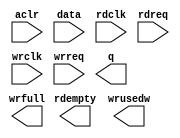
// megafunction wizard: %FIFO%VBB%
// GENERATION: STANDARD
// VERSION: WM1.0
// MODULE: dcfifo 

// ============================================================
// Megafunction Name(s):
// 			dcfifo
//
// Simulation Library Files(s):
// 			altera_mf
// ============================================================
// ************************************************************
// THIS IS A WIZARD-GENERATED FILE. DO NOT EDIT THIS FILE!
//
// 8.1 Build 163 10/28/2008 SJ Full Version
// ************************************************************

//Copyright (C) 1991-2008 Altera Corporation
//Your use of Altera Corporation's design tools, logic functions 
//and other software and tools, and its AMPP partner logic 
//functions, and any output files from any of the foregoing 
//(including device programming or simulation files), and any 
//associated documentation or information are expressly subject 
//to the terms and conditions of the Altera Program License 
//Subscription Agreement, Altera MegaCore Function License 
//Agreement, or other applicable license agreement, including, 
//without limitation, that your use is for the sole purpose of 
//programming logic devices manufactured by Altera and sold by 
//Altera or its authorized distributors.  Please refer to the 
//applicable agreement for further details.

module fifo_asy_1024x16b (
	aclr,
	data,
	rdclk,
	rdreq,
	wrclk,
	wrreq,
	q,
	rdempty,
	wrfull,
	wrusedw);

	input	  aclr;
	input	[15:0]  data;
	input	  rdclk;
	input	  rdreq;
	input	  wrclk;
	input	  wrreq;
	output	[15:0]  q;
	output	  rdempty;
	output	  wrfull;
	output	[9:0]  wrusedw;

endmodule

// ============================================================
// CNX file retrieval info
// ============================================================
// Retrieval info: PRIVATE: AlmostEmpty NUMERIC "0"
// Retrieval info: PRIVATE: AlmostEmptyThr NUMERIC "-1"
// Retrieval info: PRIVATE: AlmostFull NUMERIC "0"
// Retrieval info: PRIVATE: AlmostFullThr NUMERIC "-1"
// Retrieval info: PRIVATE: CLOCKS_ARE_SYNCHRONIZED NUMERIC "1"
// Retrieval info: PRIVATE: Clock NUMERIC "4"
// Retrieval info: PRIVATE: Depth NUMERIC "1024"
// Retrieval info: PRIVATE: Empty NUMERIC "1"
// Retrieval info: PRIVATE: Full NUMERIC "1"
// Retrieval info: PRIVATE: INTENDED_DEVICE_FAMILY STRING "Cyclone II"
// Retrieval info: PRIVATE: LE_BasedFIFO NUMERIC "0"
// Retrieval info: PRIVATE: LegacyRREQ NUMERIC "1"
// Retrieval info: PRIVATE: MAX_DEPTH_BY_9 NUMERIC "0"
// Retrieval info: PRIVATE: OVERFLOW_CHECKING NUMERIC "0"
// Retrieval info: PRIVATE: Optimize NUMERIC "2"
// Retrieval info: PRIVATE: RAM_BLOCK_TYPE NUMERIC "2"
// Retrieval info: PRIVATE: SYNTH_WRAPPER_GEN_POSTFIX STRING "0"
// Retrieval info: PRIVATE: UNDERFLOW_CHECKING NUMERIC "0"
// Retrieval info: PRIVATE: UsedW NUMERIC "1"
// Retrieval info: PRIVATE: Width NUMERIC "16"
// Retrieval info: PRIVATE: dc_aclr NUMERIC "1"
// Retrieval info: PRIVATE: diff_widths NUMERIC "0"
// Retrieval info: PRIVATE: msb_usedw NUMERIC "0"
// Retrieval info: PRIVATE: output_width NUMERIC "16"
// Retrieval info: PRIVATE: rsEmpty NUMERIC "1"
// Retrieval info: PRIVATE: rsFull NUMERIC "0"
// Retrieval info: PRIVATE: rsUsedW NUMERIC "0"
// Retrieval info: PRIVATE: sc_aclr NUMERIC "0"
// Retrieval info: PRIVATE: sc_sclr NUMERIC "0"
// Retrieval info: PRIVATE: wsEmpty NUMERIC "0"
// Retrieval info: PRIVATE: wsFull NUMERIC "1"
// Retrieval info: PRIVATE: wsUsedW NUMERIC "1"
// Retrieval info: CONSTANT: INTENDED_DEVICE_FAMILY STRING "Cyclone II"
// Retrieval info: CONSTANT: LPM_HINT STRING "MAXIMIZE_SPEED=5,RAM_BLOCK_TYPE=M4K"
// Retrieval info: CONSTANT: LPM_NUMWORDS NUMERIC "1024"
// Retrieval info: CONSTANT: LPM_SHOWAHEAD STRING "OFF"
// Retrieval info: CONSTANT: LPM_TYPE STRING "dcfifo"
// Retrieval info: CONSTANT: LPM_WIDTH NUMERIC "16"
// Retrieval info: CONSTANT: LPM_WIDTHU NUMERIC "10"
// Retrieval info: CONSTANT: OVERFLOW_CHECKING STRING "ON"
// Retrieval info: CONSTANT: RDSYNC_DELAYPIPE NUMERIC "3"
// Retrieval info: CONSTANT: UNDERFLOW_CHECKING STRING "ON"
// Retrieval info: CONSTANT: USE_EAB STRING "ON"
// Retrieval info: CONSTANT: WRITE_ACLR_SYNCH STRING "OFF"
// Retrieval info: CONSTANT: WRSYNC_DELAYPIPE NUMERIC "3"
// Retrieval info: USED_PORT: aclr 0 0 0 0 INPUT GND aclr
// Retrieval info: USED_PORT: data 0 0 16 0 INPUT NODEFVAL data[15..0]
// Retrieval info: USED_PORT: q 0 0 16 0 OUTPUT NODEFVAL q[15..0]
// Retrieval info: USED_PORT: rdclk 0 0 0 0 INPUT NODEFVAL rdclk
// Retrieval info: USED_PORT: rdempty 0 0 0 0 OUTPUT NODEFVAL rdempty
// Retrieval info: USED_PORT: rdreq 0 0 0 0 INPUT NODEFVAL rdreq
// Retrieval info: USED_PORT: wrclk 0 0 0 0 INPUT NODEFVAL wrclk
// Retrieval info: USED_PORT: wrfull 0 0 0 0 OUTPUT NODEFVAL wrfull
// Retrieval info: USED_PORT: wrreq 0 0 0 0 INPUT NODEFVAL wrreq
// Retrieval info: USED_PORT: wrusedw 0 0 10 0 OUTPUT NODEFVAL wrusedw[9..0]
// Retrieval info: CONNECT: @data 0 0 16 0 data 0 0 16 0
// Retrieval info: CONNECT: q 0 0 16 0 @q 0 0 16 0
// Retrieval info: CONNECT: @wrreq 0 0 0 0 wrreq 0 0 0 0
// Retrieval info: CONNECT: @rdreq 0 0 0 0 rdreq 0 0 0 0
// Retrieval info: CONNECT: @rdclk 0 0 0 0 rdclk 0 0 0 0
// Retrieval info: CONNECT: @wrclk 0 0 0 0 wrclk 0 0 0 0
// Retrieval info: CONNECT: rdempty 0 0 0 0 @rdempty 0 0 0 0
// Retrieval info: CONNECT: wrfull 0 0 0 0 @wrfull 0 0 0 0
// Retrieval info: CONNECT: wrusedw 0 0 10 0 @wrusedw 0 0 10 0
// Retrieval info: CONNECT: @aclr 0 0 0 0 aclr 0 0 0 0
// Retrieval info: LIBRARY: altera_mf altera_mf.altera_mf_components.all
// Retrieval info: GEN_FILE: TYPE_NORMAL fifo_asy_1024x16b.v TRUE
// Retrieval info: GEN_FILE: TYPE_NORMAL fifo_asy_1024x16b.inc FALSE
// Retrieval info: GEN_FILE: TYPE_NORMAL fifo_asy_1024x16b.cmp FALSE
// Retrieval info: GEN_FILE: TYPE_NORMAL fifo_asy_1024x16b.bsf TRUE
// Retrieval info: GEN_FILE: TYPE_NORMAL fifo_asy_1024x16b_inst.v FALSE
// Retrieval info: GEN_FILE: TYPE_NORMAL fifo_asy_1024x16b_bb.v TRUE
// Retrieval info: GEN_FILE: TYPE_NORMAL fifo_asy_1024x16b_waveforms.html TRUE
// Retrieval info: GEN_FILE: TYPE_NORMAL fifo_asy_1024x16b_wave*.jpg FALSE
// Retrieval info: LIB_FILE: altera_mf